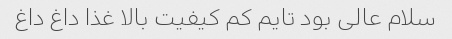
سلام عالی بود تایم کم کیفیت بالا غذا داغ داغ